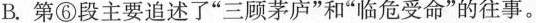
B.第⑤段主要追述了”三顾茅庐”和”临危受命”的往事。